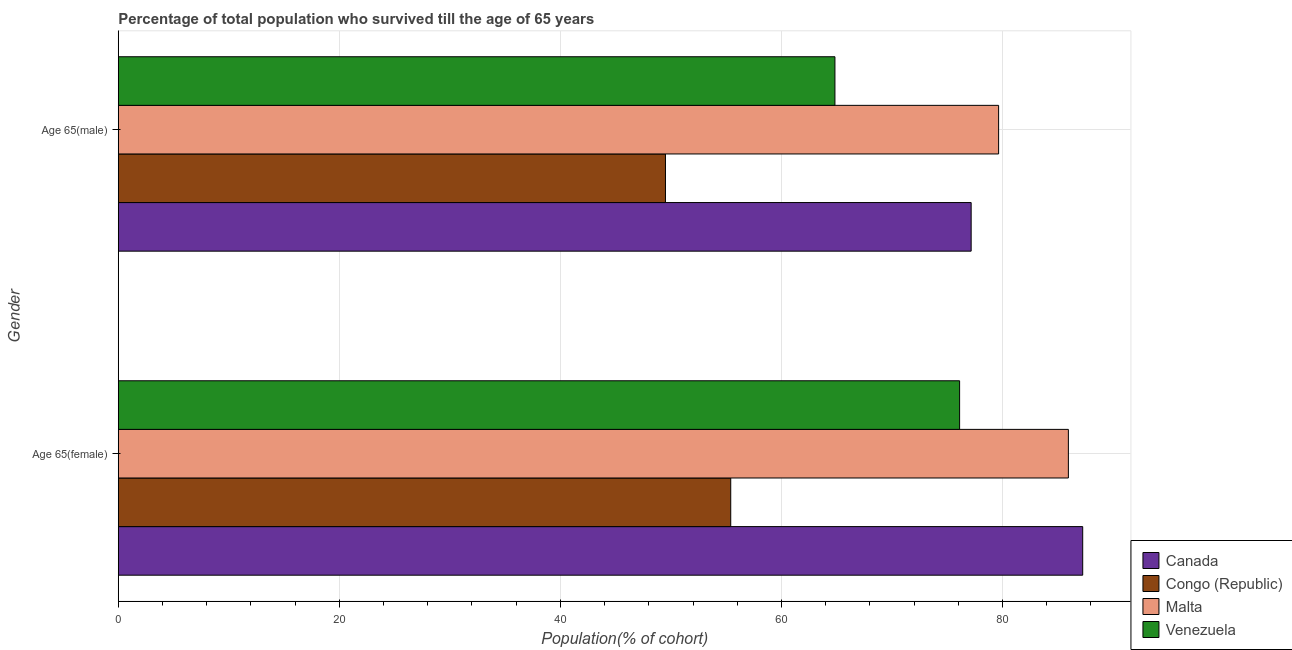
| Gender | Canada | Congo (Republic) | Malta | Venezuela |
 | --- | --- | --- | --- | --- |
 | Age 65(female) | 87.3 | 55.4 | 86 | 76.1 |
 | Age 65(male) | 77.2 | 49.5 | 79.6 | 64.8 |